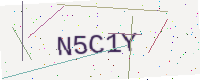
Text: N5C1Y